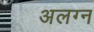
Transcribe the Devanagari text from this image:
अलग्न